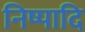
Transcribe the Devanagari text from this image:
निष्पादि